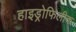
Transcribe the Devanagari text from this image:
हाइड्रोफिलीक